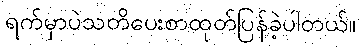
ရက်မှာပဲသတိပေးစာထုတ်ပြန်ခဲ့ပါတယ်။